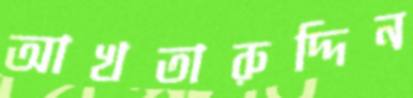
আখতারুদ্দিন